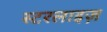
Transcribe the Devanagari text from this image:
स्टरलाइज़